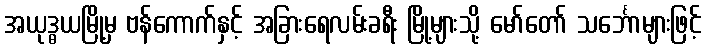
အယုဒ္ဓယမြို့မှ ဗန်ကောက်နှင့် အခြားရေလမ်းခရီး မြို့များသို့ မော်တော် သင်္ဘောများဖြင့်